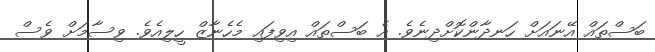
ބަސްތައް އޭނައަށް ހަނދާންކޮށްދިނެވެ. އެ ބަސްތައް އިވިފައި މެހެނާޒް ހީލިއެވެ. ވިސާމަށް ވެސް